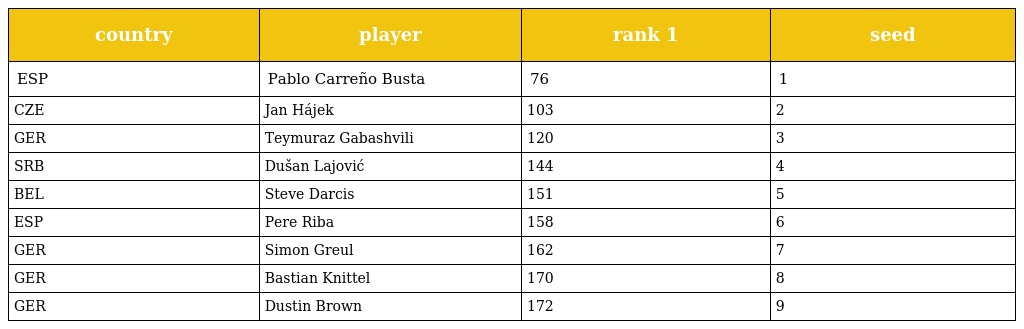
| country | player | rank 1 | seed |
 | --- | --- | --- | --- |
 | ESP | Pablo Carreño Busta | 76 | 1 |
 | CZE | Jan Hájek | 103 | 2 |
 | GER | Teymuraz Gabashvili | 120 | 3 |
 | SRB | Dušan Lajović | 144 | 4 |
 | BEL | Steve Darcis | 151 | 5 |
 | ESP | Pere Riba | 158 | 6 |
 | GER | Simon Greul | 162 | 7 |
 | GER | Bastian Knittel | 170 | 8 |
 | GER | Dustin Brown | 172 | 9 |